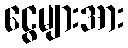
ငွေများအား